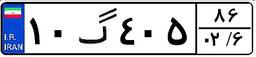
۱۸گ۶۹۹۰۶